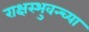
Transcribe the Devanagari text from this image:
राक्षस्भुवन्च्या